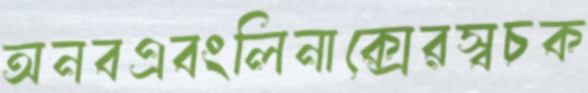
অনবএবংলিনাক্সেরস্বচক